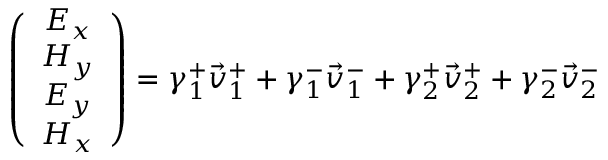
\left( \begin{array} { c } { E _ { x } } \\ { H _ { y } } \\ { E _ { y } } \\ { H _ { x } } \end{array} \right) = \gamma _ { 1 } ^ { + } \vec { v } _ { 1 } ^ { + } + \gamma _ { 1 } ^ { - } \vec { v } _ { 1 } ^ { - } + \gamma _ { 2 } ^ { + } \vec { v } _ { 2 } ^ { + } + \gamma _ { 2 } ^ { - } \vec { v } _ { 2 } ^ { - }